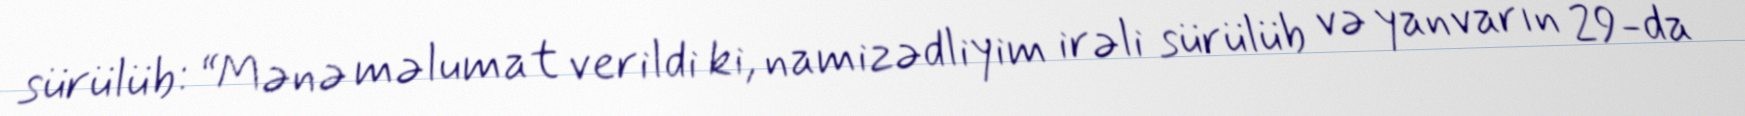
sürülüb: “Mənə məlumat verildi ki, namizədliyim irəli sürülüb və yanvarın 29-da